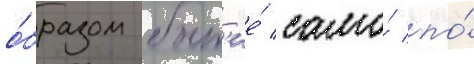
о́бразом быт'ие́ само́ по́